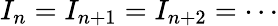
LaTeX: I_{n}=I_{n+1}=I_{n+2}=\cdots